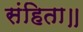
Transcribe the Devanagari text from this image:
संहिता॥